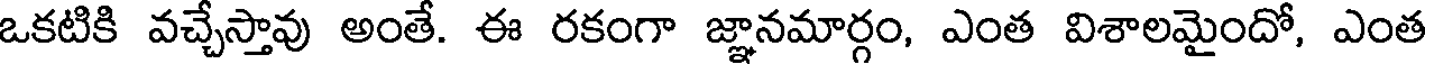
ఒకటికి వచ్చేస్తావు అంతే. ఈ రకంగా జ్ఞానమార్గం, ఎంత విశాలమైందో, ఎంత